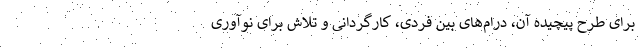
برای طرح پیچیده آن، درام‌های بین فردی، کارگردانی و تلاش برای نوآوری